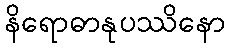
နိရောဓာနုပဿိနော